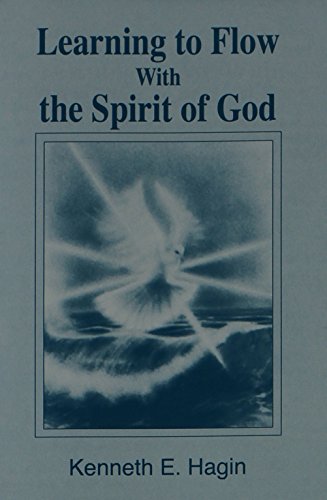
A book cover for Learning to Flow With the Spirit of God; Kenneth E. Hagin; Christian Books & Bibles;